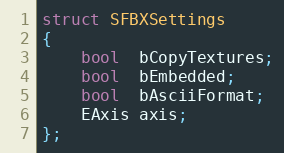
Language: C
struct SFBXSettings
{
	bool  bCopyTextures;
	bool  bEmbedded;
	bool  bAsciiFormat;
	EAxis axis;
};